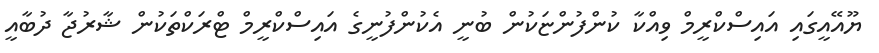
ޔޫއޭއީގައި އައިސްކްރީމް ވިއްކާ ކުންފުންޏަކުން ބުނީ އެކުންފުނީގެ އައިސްކްރީމް ޓްރަކްތަކުން ޝާރުޖާ ދުބާއީ